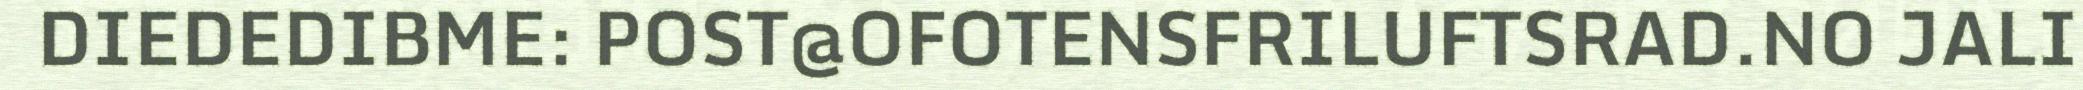
DIEDEDIBME: POST@OFOTENSFRILUFTSRAD.NO JALI